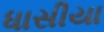
ધાસીયા